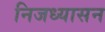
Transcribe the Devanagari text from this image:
निजध्यासन